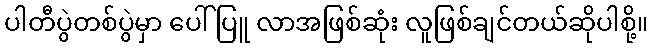
ပါတီပွဲတစ်ပွဲမှာ ပေါ်ပြူ လာအဖြစ်ဆုံး လူဖြစ်ချင်တယ်ဆိုပါစို့။